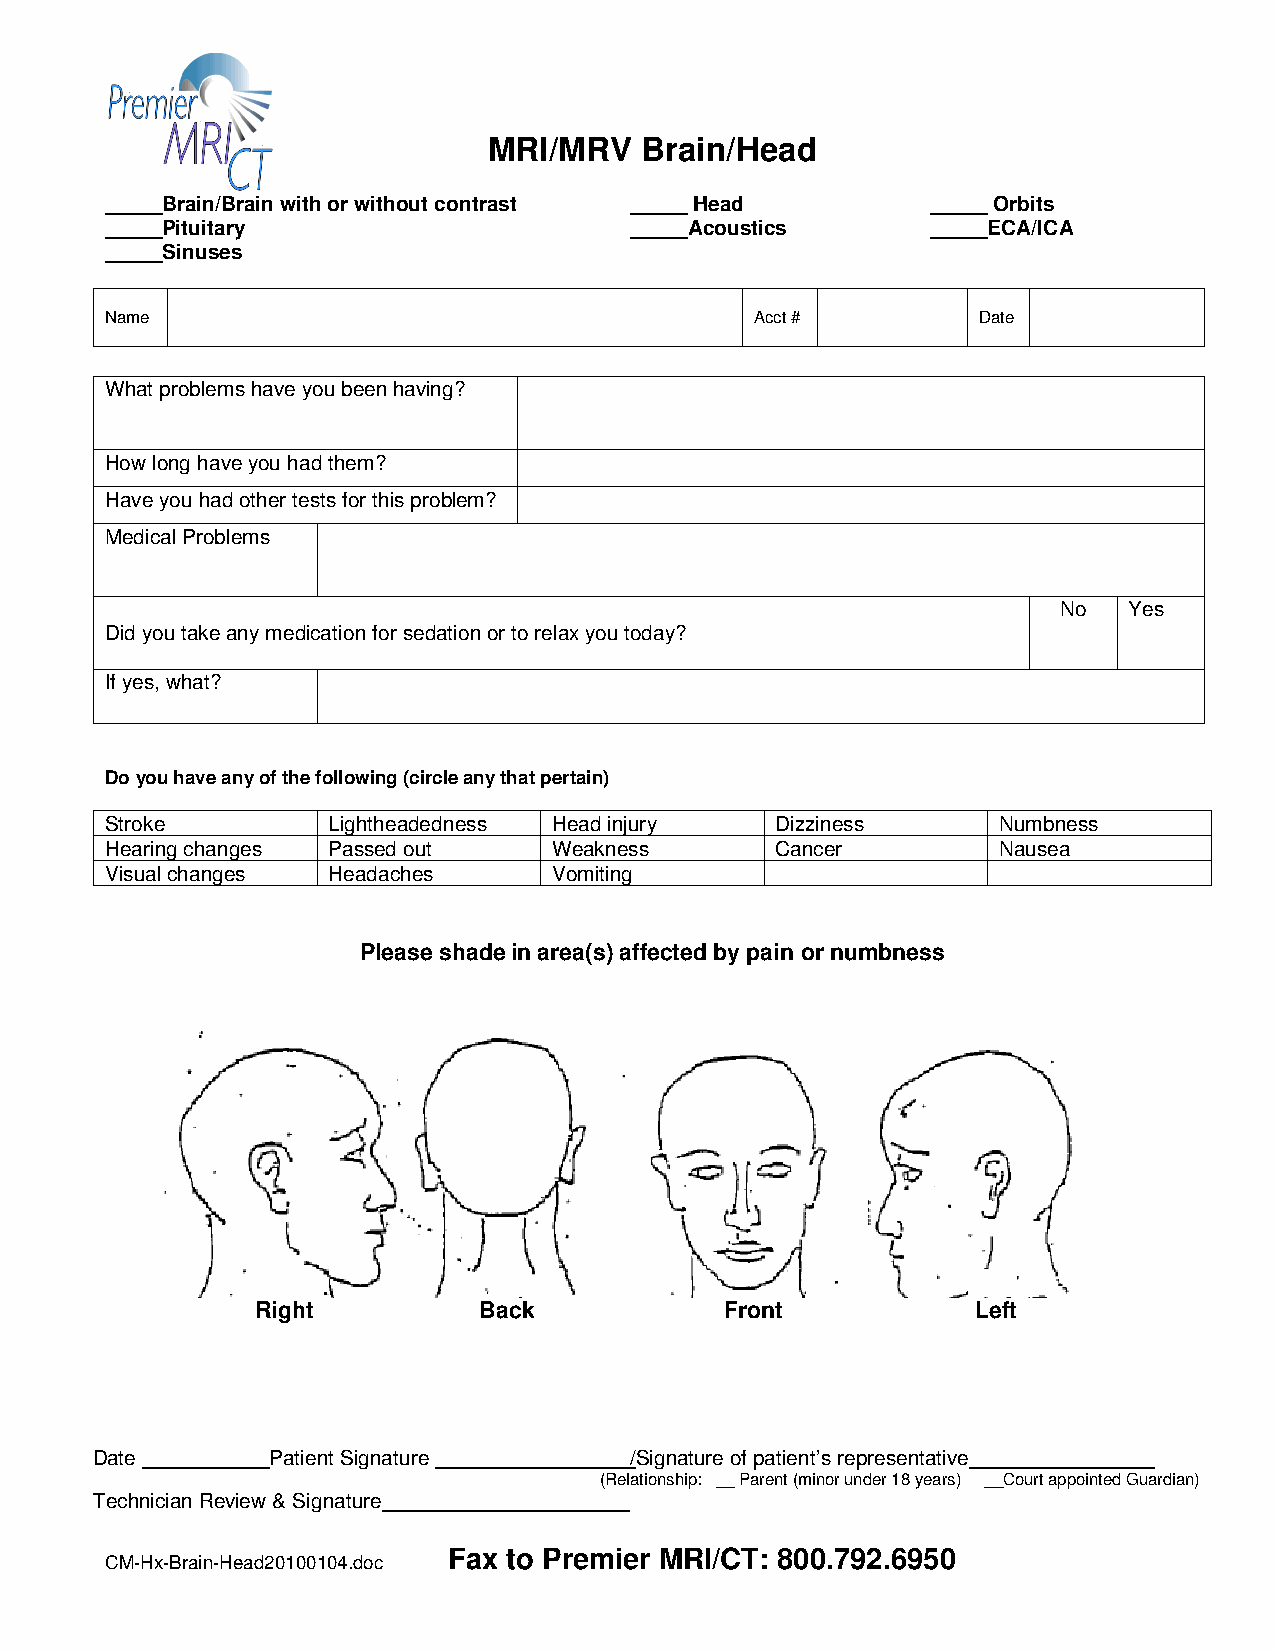
MRI/MRV   Brain/Head
 _____Brain/Brain with or without contrast _____ Head   _____ Orbits
 _____Pituitary                     _____Acoustics      _____ECA/ICA
 _____Sinuses
 Name                                       Acct #         Date
 What problems have you been having?
 How long have you had them?
 Have you had other tests for this problem?
 Medical Problems
 No   Yes
 Did you take any medication for sedation or to relax you today?
 If yes, what?
 Do you have any of the following (circle any that pertain)
 Stroke         Lightheadedness Head injury  Dizziness      Numbness
 Hearing changes Passed out    Weakness      Cancer         Nausea
 Visual changes Headaches      Vomiting
 Please shade in area(s) affected by pain or numbness
 Right          Back            Front            Left
 Date        Patient Signature       /Signature of patient’s representative
 (Relationship: __ Parent (minor under 18 years) __Court appointed Guardian)
 Technician Review & Signature
 Fax to Premier MRI/CT: 800.792.6950
 CM-Hx-Brain-Head20100104.doc